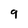
Character: 9